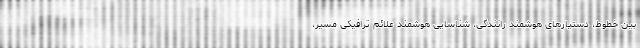
بین خطوط، دستیارهای هوشمند رانندگی، شناسایی هوشمند علائم ترافیکی مسیر،